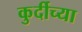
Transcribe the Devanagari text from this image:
कुर्दीच्या